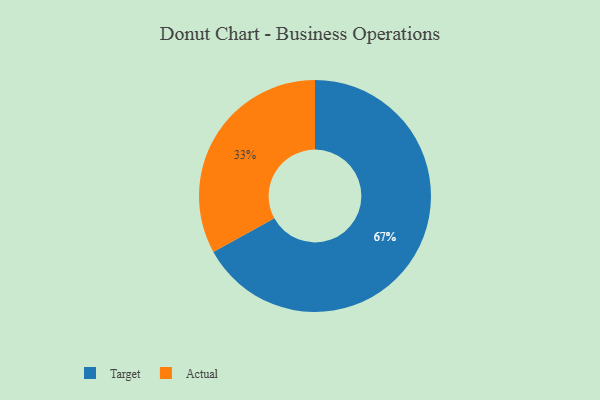
{"axis": {"x": "Category", "y": "Percentage"}, "legend": ["Actual", "Target"], "data": [{"x": "Target", "y": 67, "type": "Target"}, {"x": "Actual", "y": 33, "type": "Actual"}]}